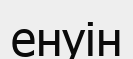
енуін